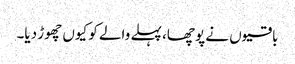
باقیوں نے پوچھا، پہلے والے کو کیوں چھوڑ دیا۔